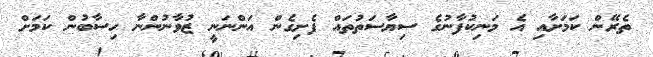
ތެރޭން ކަމަށާއި އެ މަނިކުފާނުގެ ސިޔާސަތުތައް ފެށިގެން އަންނަނީ ޒުވާނުންނާ ހިސާބުން ކަމަށް